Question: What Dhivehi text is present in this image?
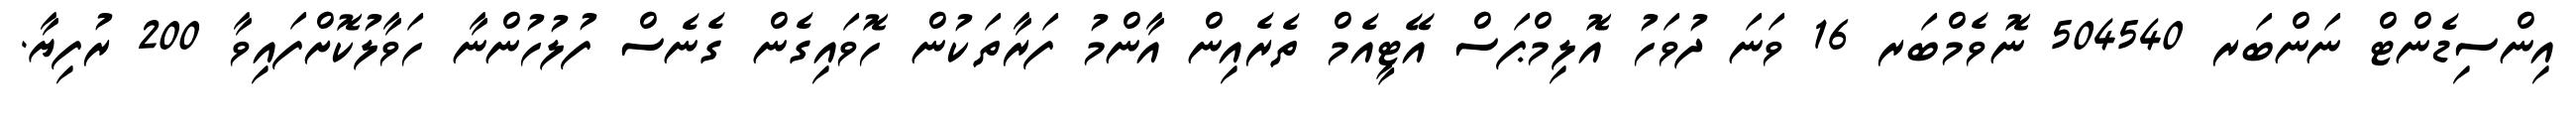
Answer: އިންސިޑެންޓް ނަންބަރ 504540 ނޮވެމްބަރ 16 ވަނަ ދުވަހު އޮލިމްޕަސް އޭޓީއެމް ތެރެއިން އާންމު ފަރާތަކުން ހޮވައިގެން ގެނެސް ފުލުހުންނާ ހަވާލުކޮށްފައިވާ 200 ރުފިޔާ.